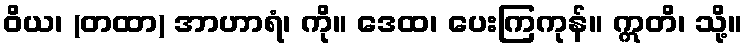
ဝိယ၊ (တထာ) အာဟာရံ၊ ကို။ ဒေထ၊ ပေးကြကုန်။ ဣတိ၊ သို့။